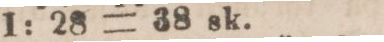
1: 28 = 38 sk.